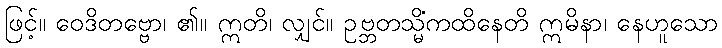
ဖြင့်။ ဝေဒိတဗ္ဗော၊ ၏။ ဣတိ၊ လျှင်။ ဥဗ္ဘတသ္မိံကထိနေတိ ဣမိနာ၊ နေဟူသော